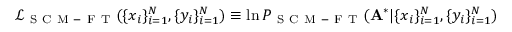
\mathcal { L } _ { \mathrm { ~ S ~ C ~ M ~ - ~ F ~ T ~ } } ( \{ x _ { i } \} _ { i = 1 } ^ { N } , \{ y _ { i } \} _ { i = 1 } ^ { N } ) \equiv \ln P _ { \mathrm { ~ S ~ C ~ M ~ - ~ F ~ T ~ } } ( \mathbf { A } ^ { * } | \{ x _ { i } \} _ { i = 1 } ^ { N } , \{ y _ { i } \} _ { i = 1 } ^ { N } )